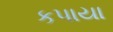
કપાયા